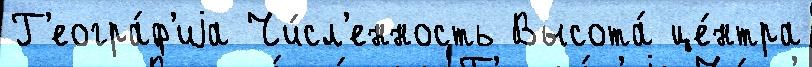
Г'еогра́ф'иjа Чи́сл'енность Высота́ це́нтра